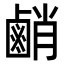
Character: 䴛